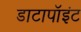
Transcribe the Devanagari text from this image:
डाटापॉइंट